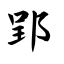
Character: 郢